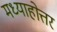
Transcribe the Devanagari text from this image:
मध्याहोत्तर